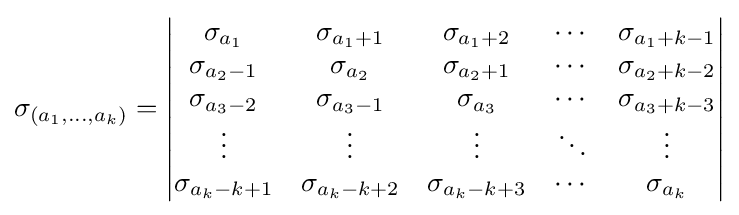
\sigma _{(a_{1},\ldots ,a_{k})}={\begin{vmatrix}\sigma _{a_{1}}&\sigma _{a_{1}+1}&\sigma _{a_{1}+2}&\cdots &\sigma _{a_{1}+k-1}\\\sigma _{a_{2}-1}&\sigma _{a_{2}}&\sigma _{a_{2}+1}&\cdots &\sigma _{a_{2}+k-2}\\\sigma _{a_{3}-2}&\sigma _{a_{3}-1}&\sigma _{a_{3}}&\cdots &\sigma _{a_{3}+k-3}\\\vdots &\vdots &\vdots &\ddots &\vdots \\\sigma _{a_{k}-k+1}&\sigma _{a_{k}-k+2}&\sigma _{a_{k}-k+3}&\cdots &\sigma _{a_{k}}\end{vmatrix}}